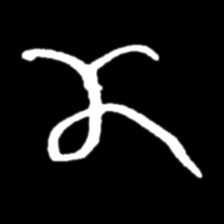
Pyu character \u2014 Myanmar letter: ဏ (romanized: nna)